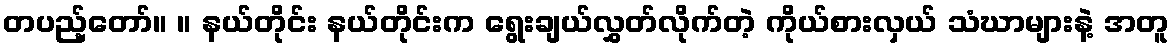
တပည့်တော်။ ။ နယ်တိုင်း နယ်တိုင်းက ရွေးချယ်လွှတ်လိုက်တဲ့ ကိုယ်စားလှယ် သံဃာများနဲ့ အတူ